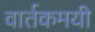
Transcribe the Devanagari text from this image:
वार्तकमयी